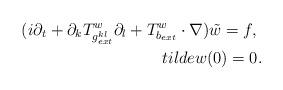
LaTeX: \begin{align*} (i \partial_t + \partial_k T^w_{g_{ext}^{kl}} \partial_l + T^w_{b_{ext}} \cdot\nabla) \tilde w = f, \ \\tilde w(0) = 0.\end{align*}